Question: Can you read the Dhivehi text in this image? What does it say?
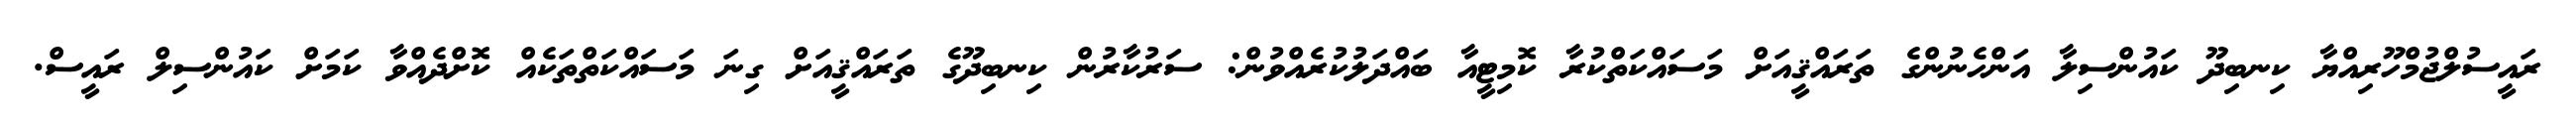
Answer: ރައީސުލްޖުމްހޫރިއްޔާ ކިނބިދޫ ކައުންސިލާ އަންހެނުންގެ ތަރައްޤީއަށް މަސައްކަތްކުރާ ކޮމިޓީއާ ބައްދަލުކުރެއްވުން: ސަރުކާރުން ކިނބިދޫގެ ތަރައްޤީއަށް ގިނަ މަސައްކަތްތަކެއް ކޮށްދެއްވާ ކަމަށް ކައުންސިލް ރައީސް.